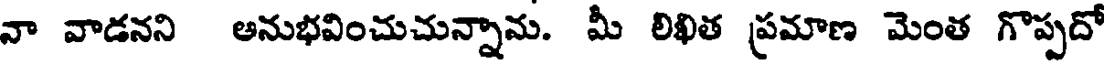
నా వాడనని అనుభవించుచున్నాను. మీ లిఖిత ప్రమాణ మెంత గొప్పదో